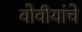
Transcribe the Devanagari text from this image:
वोवीयांचे